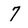
Character: 7